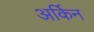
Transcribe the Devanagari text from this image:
अर्किन